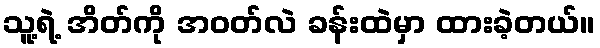
သူ့ရဲ့ အိတ်ကို အဝတ်လဲ ခန်းထဲမှာ ထားခဲ့တယ်။